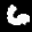
Label: 6